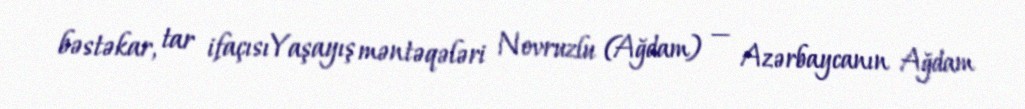
bəstəkar, tar ifaçısıYaşayış məntəqələri Novruzlu (Ağdam) — Azərbaycanın Ağdam